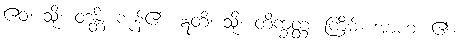
ဧဝံ၊ သို့။ ဝဒန္တိ၊ ကုန်၏။ ဣတိ၊ သို့။ တိက္ခတ္တ၊ ကြိမ်။ အာဟ၊ ၏။